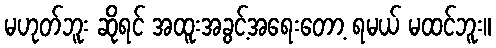
မဟုတ်ဘူး ဆိုရင် အထူးအခွင့်အရေးတော့ ရမယ် မထင်ဘူး။